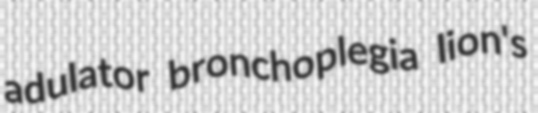
adulator bronchoplegia lion's